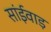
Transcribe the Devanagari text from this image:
सांईवाड़